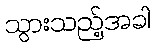
သွားသည့်အခါ